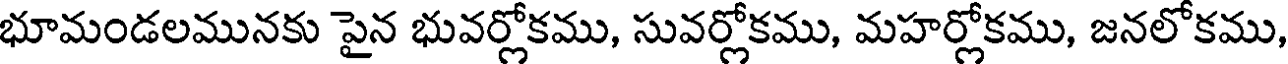
భూమండలమునకు పైన భువర్లోకము, సువర్లోకము, మహర్లోకము, జనలోకము,